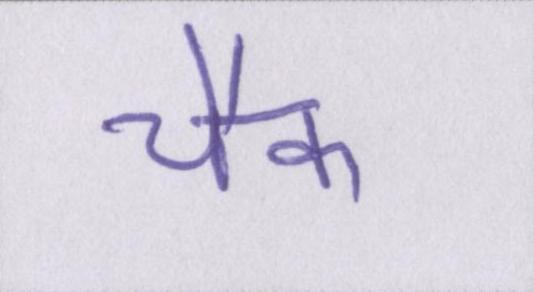
चैक